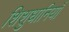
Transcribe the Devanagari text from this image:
शिशुधानियाँ